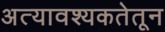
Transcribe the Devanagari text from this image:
अत्यावश्यकतेतून